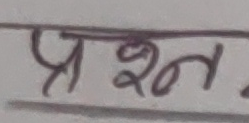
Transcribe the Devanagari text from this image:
प्रश्न